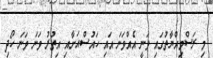
މި ރަސްމިއްޔާތުގައި ވަނީ އެއްވަނަ އައި ހައުސްއަށާއި އިތުރު ވަނަ ވަނަ ހޯދި